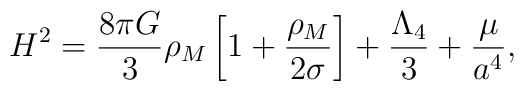
H^2 = \frac{8\pi G}{3}\rho_M\left[1+\frac{\rho_M}{2\sigma}\right] +\frac{\Lambda_4}{3} + \frac{\mu}{a^4},